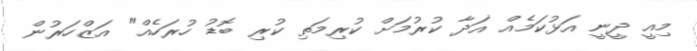
މިއީ ދީނީ އަޅުކަމެއް އަދާ ކުުރުމަށް ކުރިމަތި ކުރި ބޮޑު ހުރަހެއް" އަޒްހަރުން